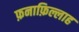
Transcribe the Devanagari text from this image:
फ़नाफ़िल्लाह